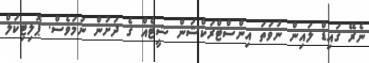
ނެރޭ ގައިޑް ލައިން ނުވަތަ އިންސްޓްރަކްޝަން ޝީޓެއް ގެ ދަށުން ނަމަވެސް. ޕޮލިޓިކަލް